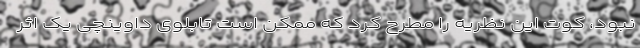
نبود، کوت این نظریه را مطرح کرد که ممکن است تابلوی داوینچی یک اثر